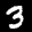
Label: 3